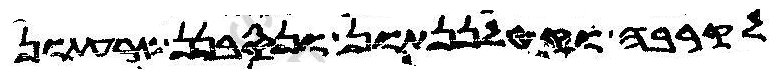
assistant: לקרבה וקטלננתון ונסבנן ארעתון